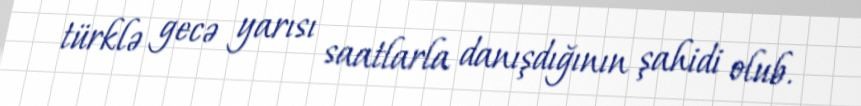
türklə gecə yarısı saatlarla danışdığının şahidi olub.